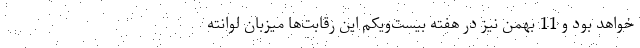
خواهد بود و 11 بهمن نیز در هفته بیست‌و‌یکم این رقابت‌ها میزبان لوانته